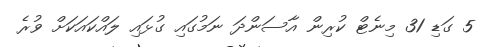
5 ގަޑި 31 މިނެޓް ކުރިން އާސަންދަ ނަމުގައި ގުޅައި ލައްކައަކަށް ވުރެ